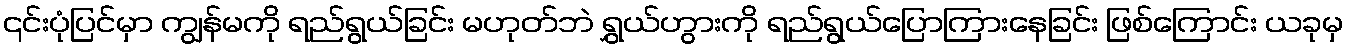
၎င်းပုံပြင်မှာ ကျွန်မကို ရည်ရွယ်ခြင်း မဟုတ်ဘဲ ရွှယ်ဟွားကို ရည်ရွယ်ပြောကြားနေခြင်း ဖြစ်ကြောင်း ယခုမှ